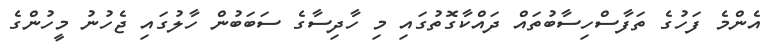
އެންމެ ފަހުގެ ތަފާސްހިސާބުތައް ދައްކާގޮތުގައި މި ހާދިސާގެ ސަބަބުން ހާލުގައި ޖެހުނު މީހުންގެ